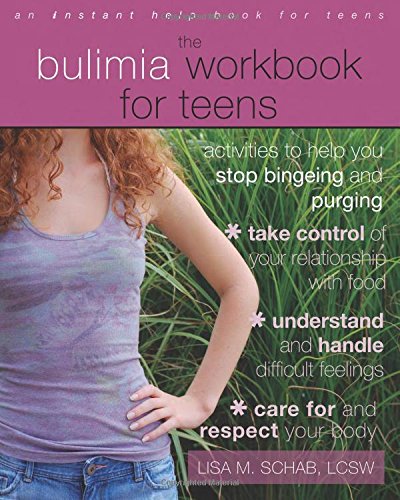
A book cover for The Bulimia Workbook for Teens: Activities to Help You Stop Bingeing and Purging (Instant Help Book for Teens); Lisa M. Schab LCSW; Teen & Young Adult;